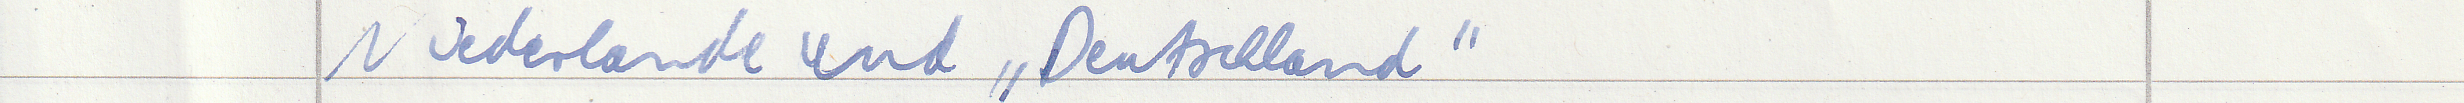
Niederlande und "Deutschland"